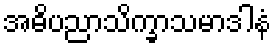
အဓိပညာသိက္ခာသမာဒါနံ